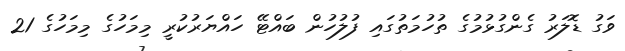
ވަގު ޑޮލަރު ގެންގުޅުމުގެ ތުހުމަތުގައި ފުލުހުން ބައްޓޭ ހައްޔަރުކުރީ މިމަހުގެ މިމަހުގެ 21